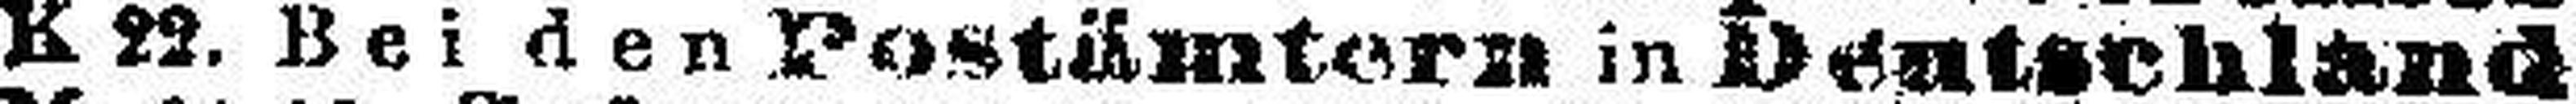
K 22. Bei den Postämtern in Deutschland